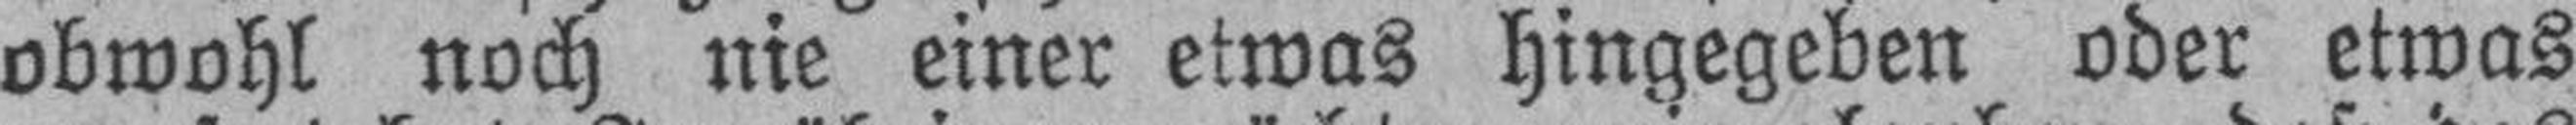
obwohl noch nie einer etwas hingegeben oder etwas